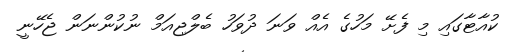
ކުއާޓާގައި މި ފެށޭ މަހުގެ އެއް ވަނަ ދުވަހު ބެލްޖިއަމް ނުކުންނަން ޖެހޭނީ